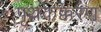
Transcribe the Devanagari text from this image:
पृथकक्करण